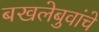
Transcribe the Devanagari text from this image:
बखलेबुवांचे